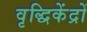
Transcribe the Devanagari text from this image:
वृद्धिकेंद्रों